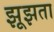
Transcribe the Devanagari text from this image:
झूझता